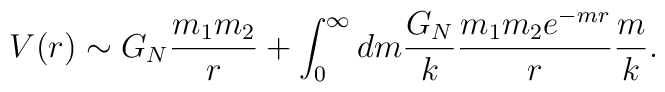
V(r) \sim G_N { m_1 m_2 \over r} +\int_0^{\infty} dm { G_N \over k} { m_1 m_2 e^{- m r} \over r} {m \over k}.